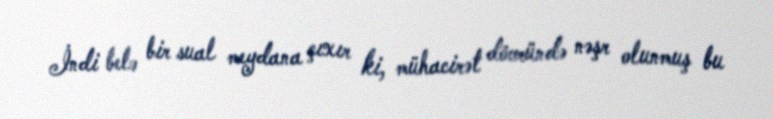
İndi belə bir sual meydana çıxır ki, mühacirət dövründə nəşr olunmuş bu